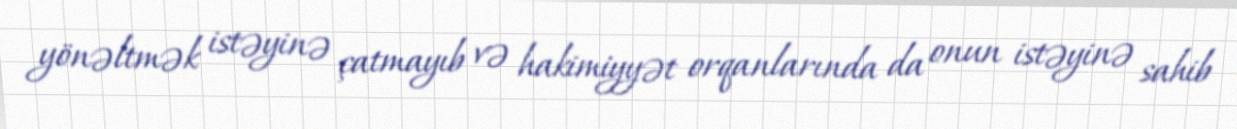
yönəltmək istəyinə çatmayıb və hakimiyyət orqanlarında da onun istəyinə sahib